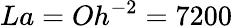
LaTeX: La=Oh^{-2}=7200